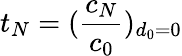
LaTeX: t_{N}=(\frac{c_{N}}{c_{0}})_{d_{0}=0}